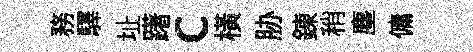
務驛址躇c横胁錬稍塵傭